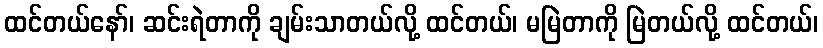
ထင်တယ်နော်၊ ဆင်းရဲတာကို ချမ်းသာတယ်လို့ ထင်တယ်၊ မမြဲတာကို မြဲတယ်လို့ ထင်တယ်၊